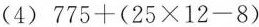
(4)$$775+(25\times 12-8)$$